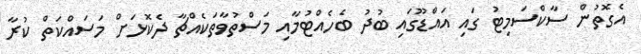
އެގޮތުން ސާކްސަމިޓު ގައި އައްޑޫގައި ބުދު ބެހެއްޓުމާއި މަސްތުވާތަކެއްޗާ ދެކޮޅަށް މަސައްކަތް ކުރާ